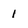
Character: 1